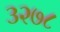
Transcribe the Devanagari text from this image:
३२७८